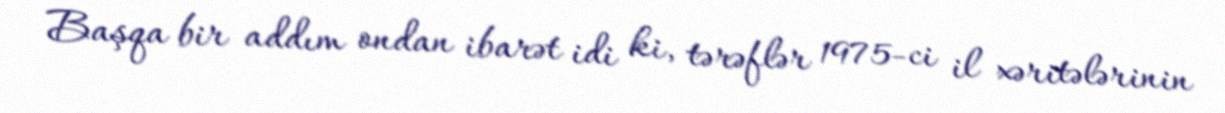
Başqa bir addım ondan ibarət idi ki, tərəflər 1975-ci il xəritələrinin